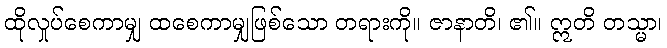
ထိုလှုပ်စေကာမျှ ထစေကာမျှဖြစ်သော တရားကို။ ဇာနာတိ၊ ၏။ ဣတိ တသ္မာ၊